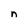
Character: n